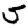
Digit: 5